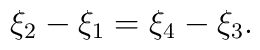
\xi_2 - \xi_1 = \xi_4 - \xi_3.